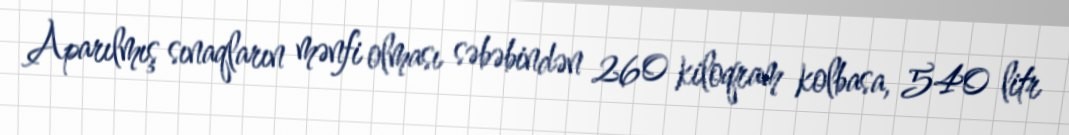
Aparılmış sınaqların mənfi olması səbəbindən 260 kiloqram kolbasa, 540 litr